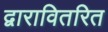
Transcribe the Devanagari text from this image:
द्वारावितरित